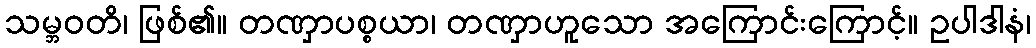
သမ္ဘဝတိ၊ ဖြစ်၏။ တဏှာပစ္စယာ၊ တဏှာဟူသော အကြောင်းကြောင့်။ ဥပါဒါနံ၊